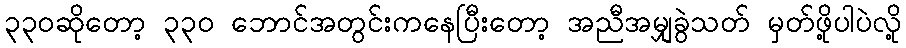
၃၃၀ဆိုတော့ ၃၃၀ ဘောင်အတွင်းကနေပြီးတော့ အညီအမျှခွဲသတ် မှတ်ဖို့ပါပဲလို့